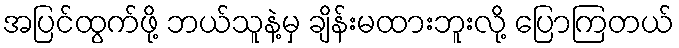
အပြင်ထွက်ဖို့ ဘယ်သူနဲ့မှ ချိန်းမထားဘူးလို့ ပြောကြတယ်